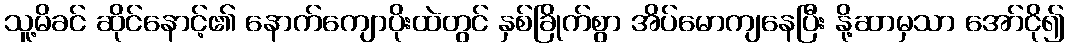
သူ့မိခင် ဆိုင်နောင့်၏ နောက်ကျောပိုးထဲတွင် နှစ်ခြိုက်စွာ အိပ်မောကျနေပြီး နို့ဆာမှသာ အော်ငို၍